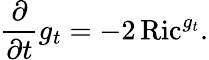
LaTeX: {\frac{\partial}{\partial t}}g_{t}=-2\operatorname{Ric}^{g_{t}}.